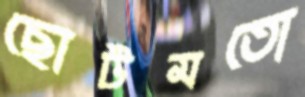
ছোটমতো